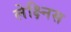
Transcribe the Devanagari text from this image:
लेक्ष्निस